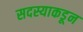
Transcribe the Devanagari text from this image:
सदस्याकडून